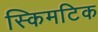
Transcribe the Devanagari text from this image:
स्किमटिक